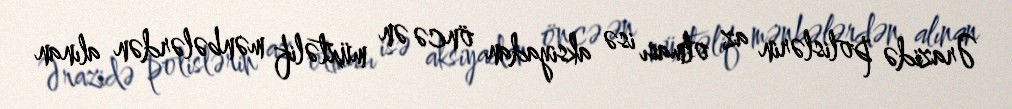
Ərazidə polislərin az olması isə aksiyadan öncə ən müxtəlif mənbələrdən alınan